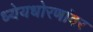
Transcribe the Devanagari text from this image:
ध्येयधोरणांवर